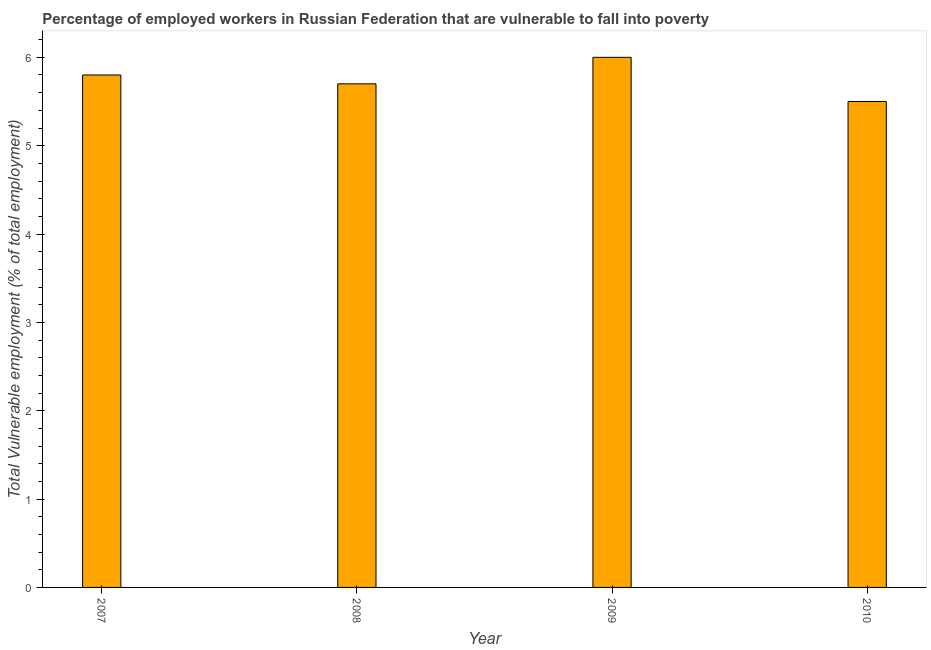
| Year | Vulnerable employment |
 | --- | --- |
 | 2007 | 5.8 |
 | 2008 | 5.7 |
 | 2009 | 6 |
 | 2010 | 5.5 |